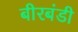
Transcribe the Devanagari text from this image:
बीरबंडी